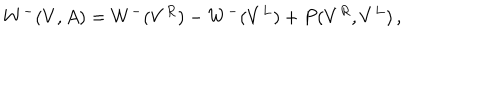
W ^ { - } ( V , A ) = W ^ { - } ( V ^ { R } ) - W ^ { - } ( V ^ { L } ) + P ( V ^ { R } , V ^ { L } ) \, ,